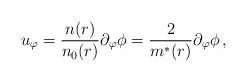
LaTeX: \begin{align*}u_\varphi =\frac{n(r)}{n_0(r)}\partial _\varphi \phi =\frac 2{m^{*}(r)}\partial _\varphi \phi \,,\end{align*}